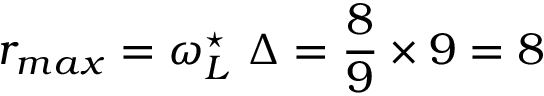
r _ { m a x } = \omega _ { L } ^ { \star } ~ \Delta = \frac { 8 } { 9 } \times 9 = 8